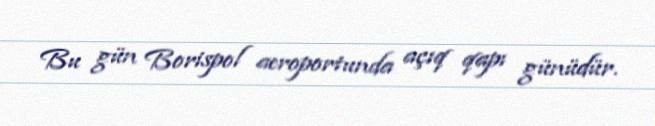
Bu gün Borispol aeroportunda açıq qapı günüdür.